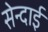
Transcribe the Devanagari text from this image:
सेन्दाई